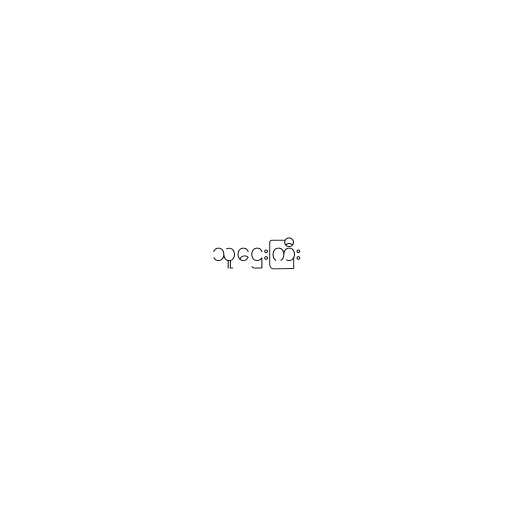
သူဌေးကြီး